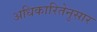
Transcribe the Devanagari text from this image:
अधिकारितेनुसार